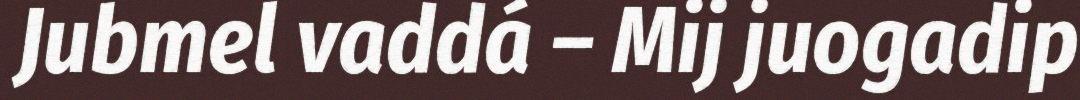
Jubmel vaddá – Mij juogadip